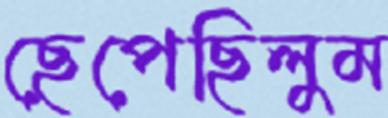
ছেপেছিলুম